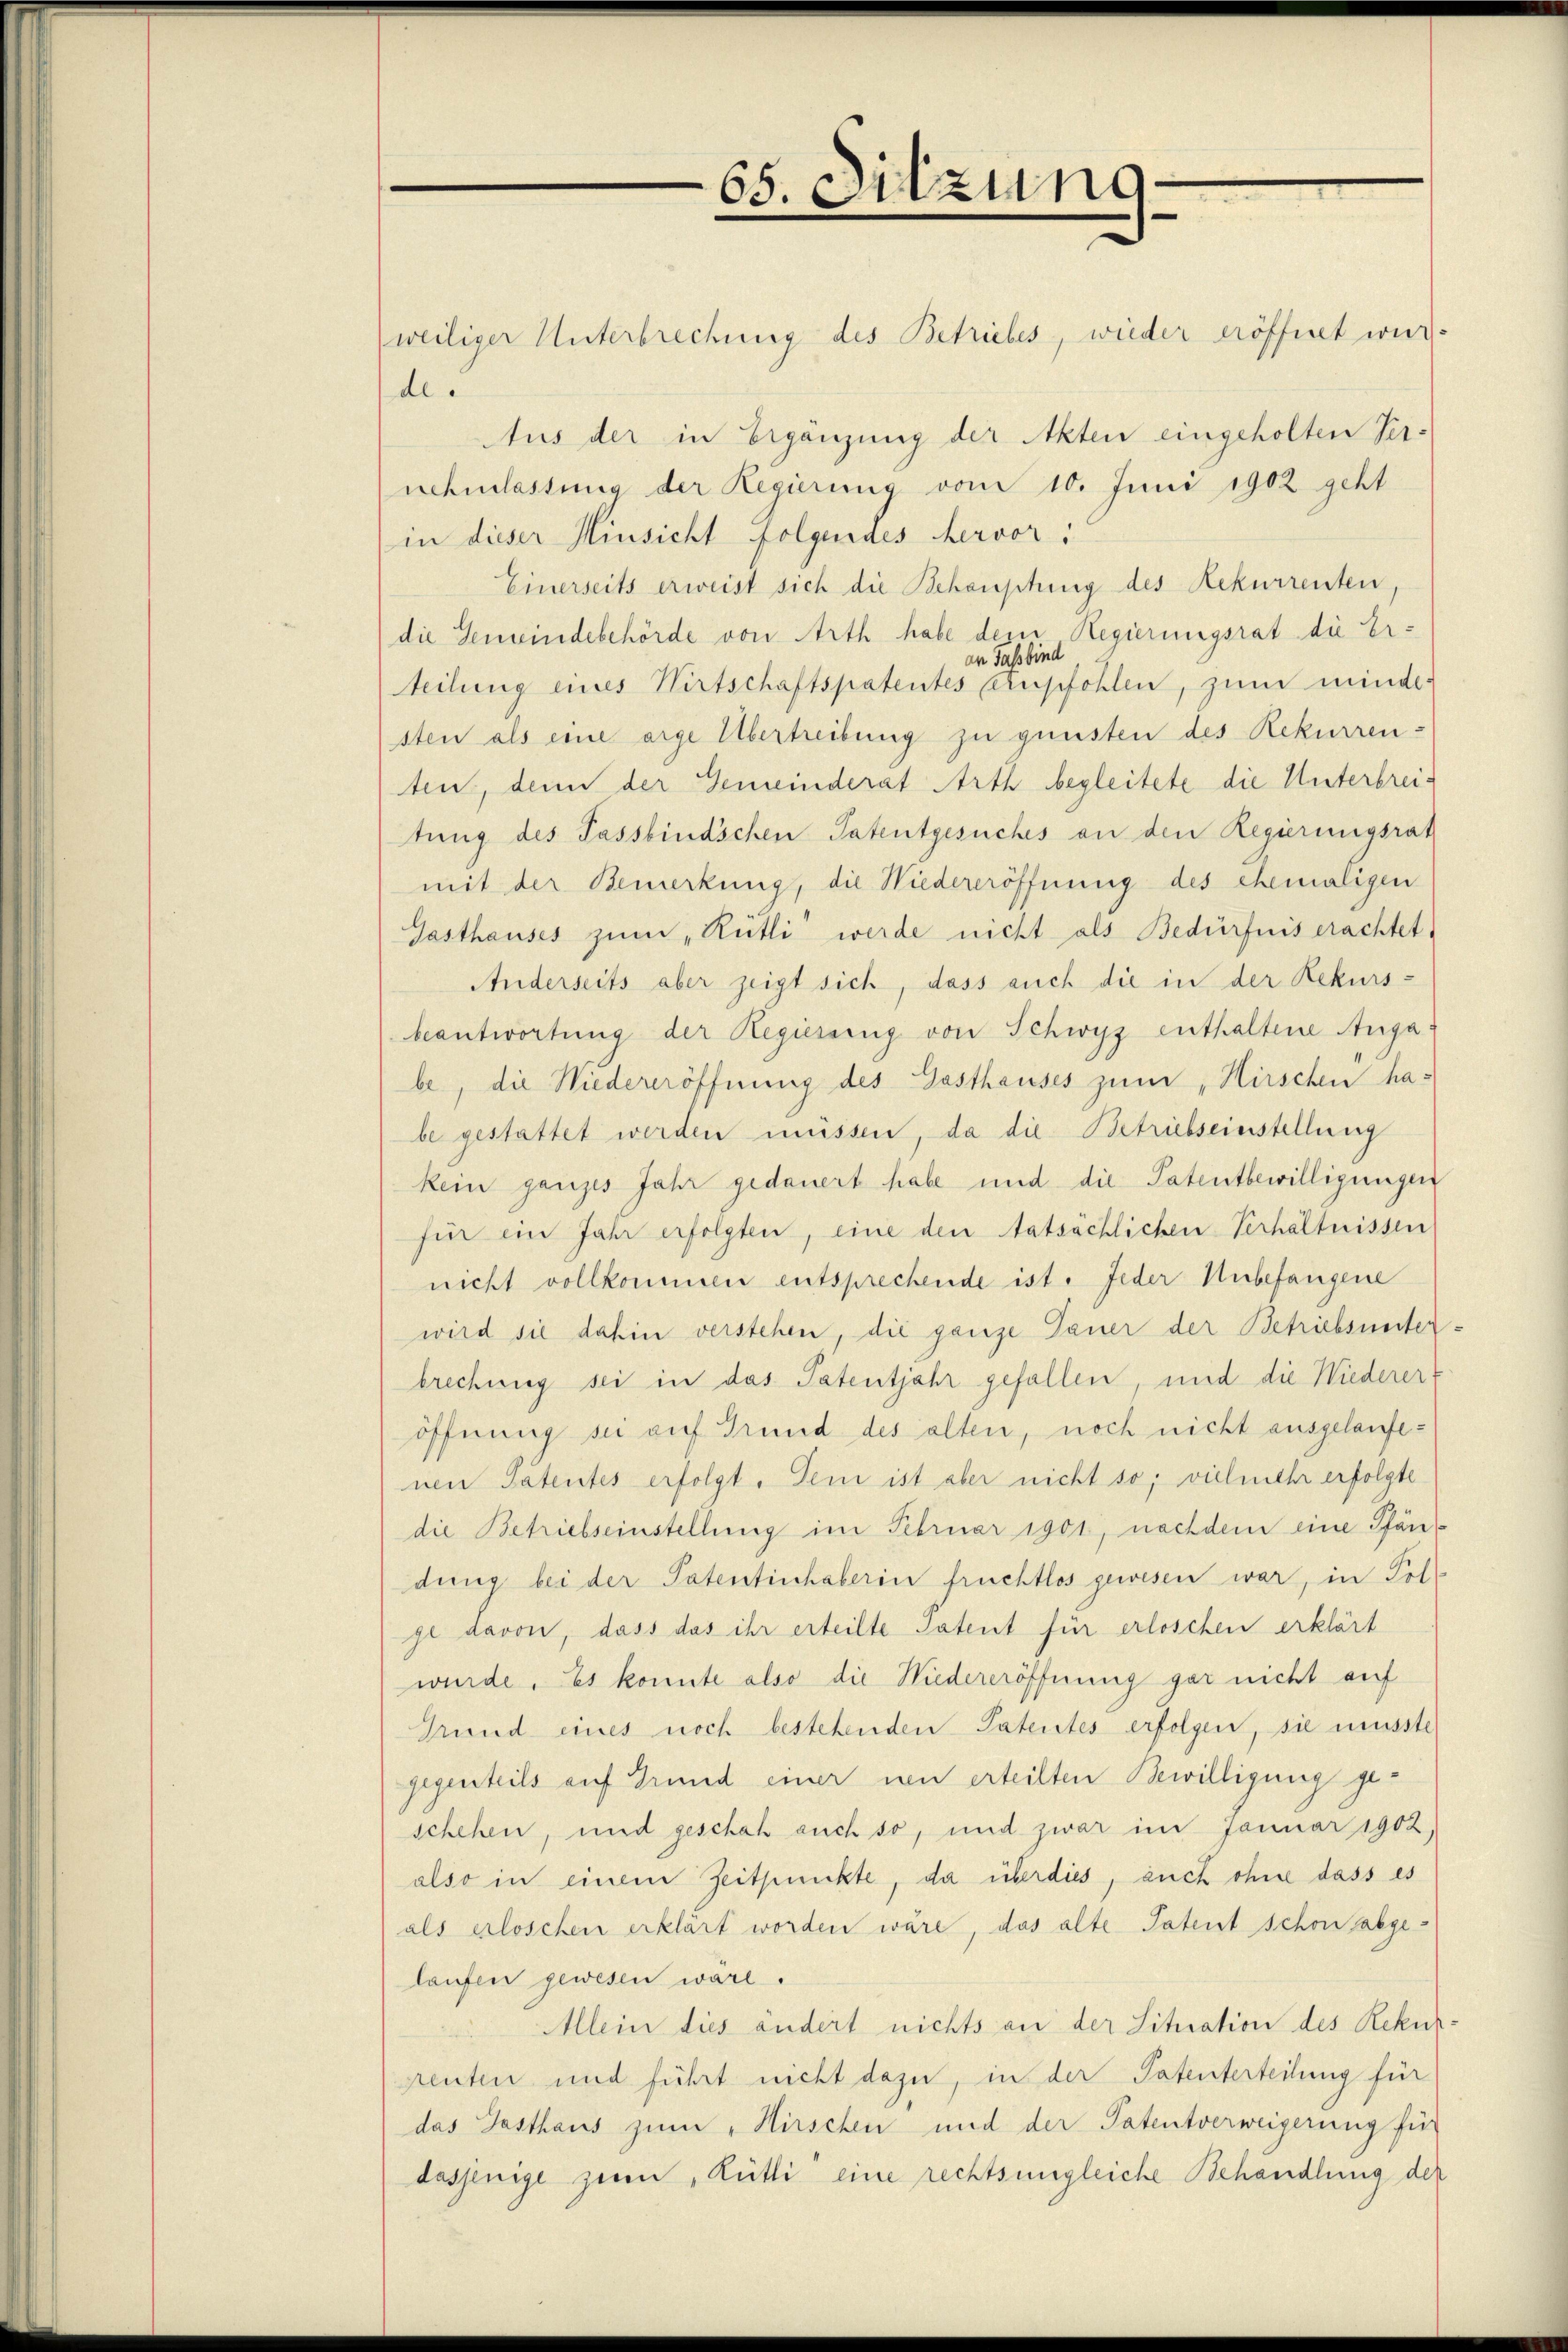
(weiliger Unterbrechung des Betriebes, wieder eröffnet wurde.
Aus der in Ergänzung der Akten eingeholten Ver-
nehmlassung der Regierung vom 10. Juni 1902 geht
in dieser Hinsicht folgendes Hervor:
Einerseits erweist sich die Behauptung des Rekurrenten,
die Gemeindebehörde von Arth habe dem Regierungsrat die Eran dass bind
Teilung eines Wirtschaftspatentes Crupfohlen, zum minde-
sten als eine arge Übertreibung zu gunsten des Rekurren-
ten, denn der Gemeinderat Arth begleitete die Unterbreitung des Tassbind’schen Patentgesuches an den Regierungsrat
mit der Bemerkung, die Niedereröffnung des ehemaligen
Gasthauses zum „Rütli werde nicht als Bedürfnis erachtet
Anderseits aber zeigt sich, dass auch die in der Rekurs-
beantwortung der Regierung von Schwyz enthaltene Auga
be, die Wiedereröffnung des Gasthauses zum „Hirschen habe gestattet werden müssen, da die Betriebseinstellung
kein ganzes Jahr gedauert habe und die Patentbewilligungen
für ein Jahr erfolgten, eine den tatsächlichen Verhältnissen
nicht vollkommen entsprechende ist. Jeder Unbefangene
wird sie dahin verstehen, die ganze Dauer der Betriebsunter
brechung sei in das Patentjahr gefallen, und die Niederer-
öffnung sie auf Grund des alten, noch nicht ausgelaufenen Patentes erfolgt. Denn ist aber nicht so; vielmehr erfolgte
die Betriebseinstellung im Februar 1901, nachdem eine Pfän
dung bei der Patentinhaberin fruchtlos gewesen war, in Folge davon, dass das ihr erteilte Patent für erloschen erklärt
wurde. Es konnte also die Niedereröffnung gar nicht auf
Grund eines noch bestehenden Patentes erfolgen, sie musste
gegenteils auf Grund einer neu erteilten Bewilligung geschehen, und geschah auch so, und zwar im Januar 1902,
also in einem Zeitpunkte, da überdies, auch ohne dass es
als erloschen erklärt worden wäre, das alte Patent schon abgelaufen gewesen wäre.
Allein dies ändert nichts an der Situation des Rekurpenten und führt nicht dazu, in der Patenterteilung für
das Gasthaus zum „Hirschen und der Patentverweigerung für
dasjenige zum Rütti eine rechtsungleiche Behandlung der

65. Sitzung